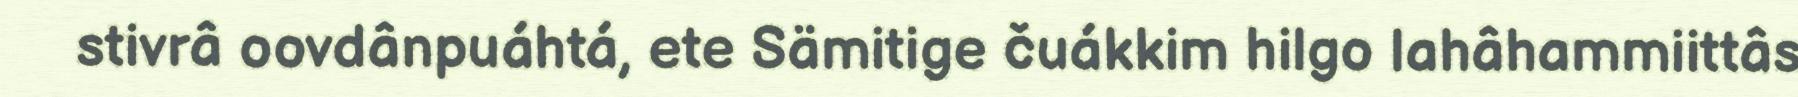
stivrâ oovdânpuáhtá, ete Sämitige čuákkim hilgo lahâhammiittâs